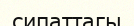
сипаттагы